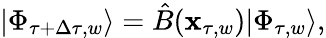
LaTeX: |\Phi_{\tau+\Delta\tau,w}\rangle=\hat{B}(\mathbf{x}_{\tau,w})|\Phi_{\tau,w}\rangle,